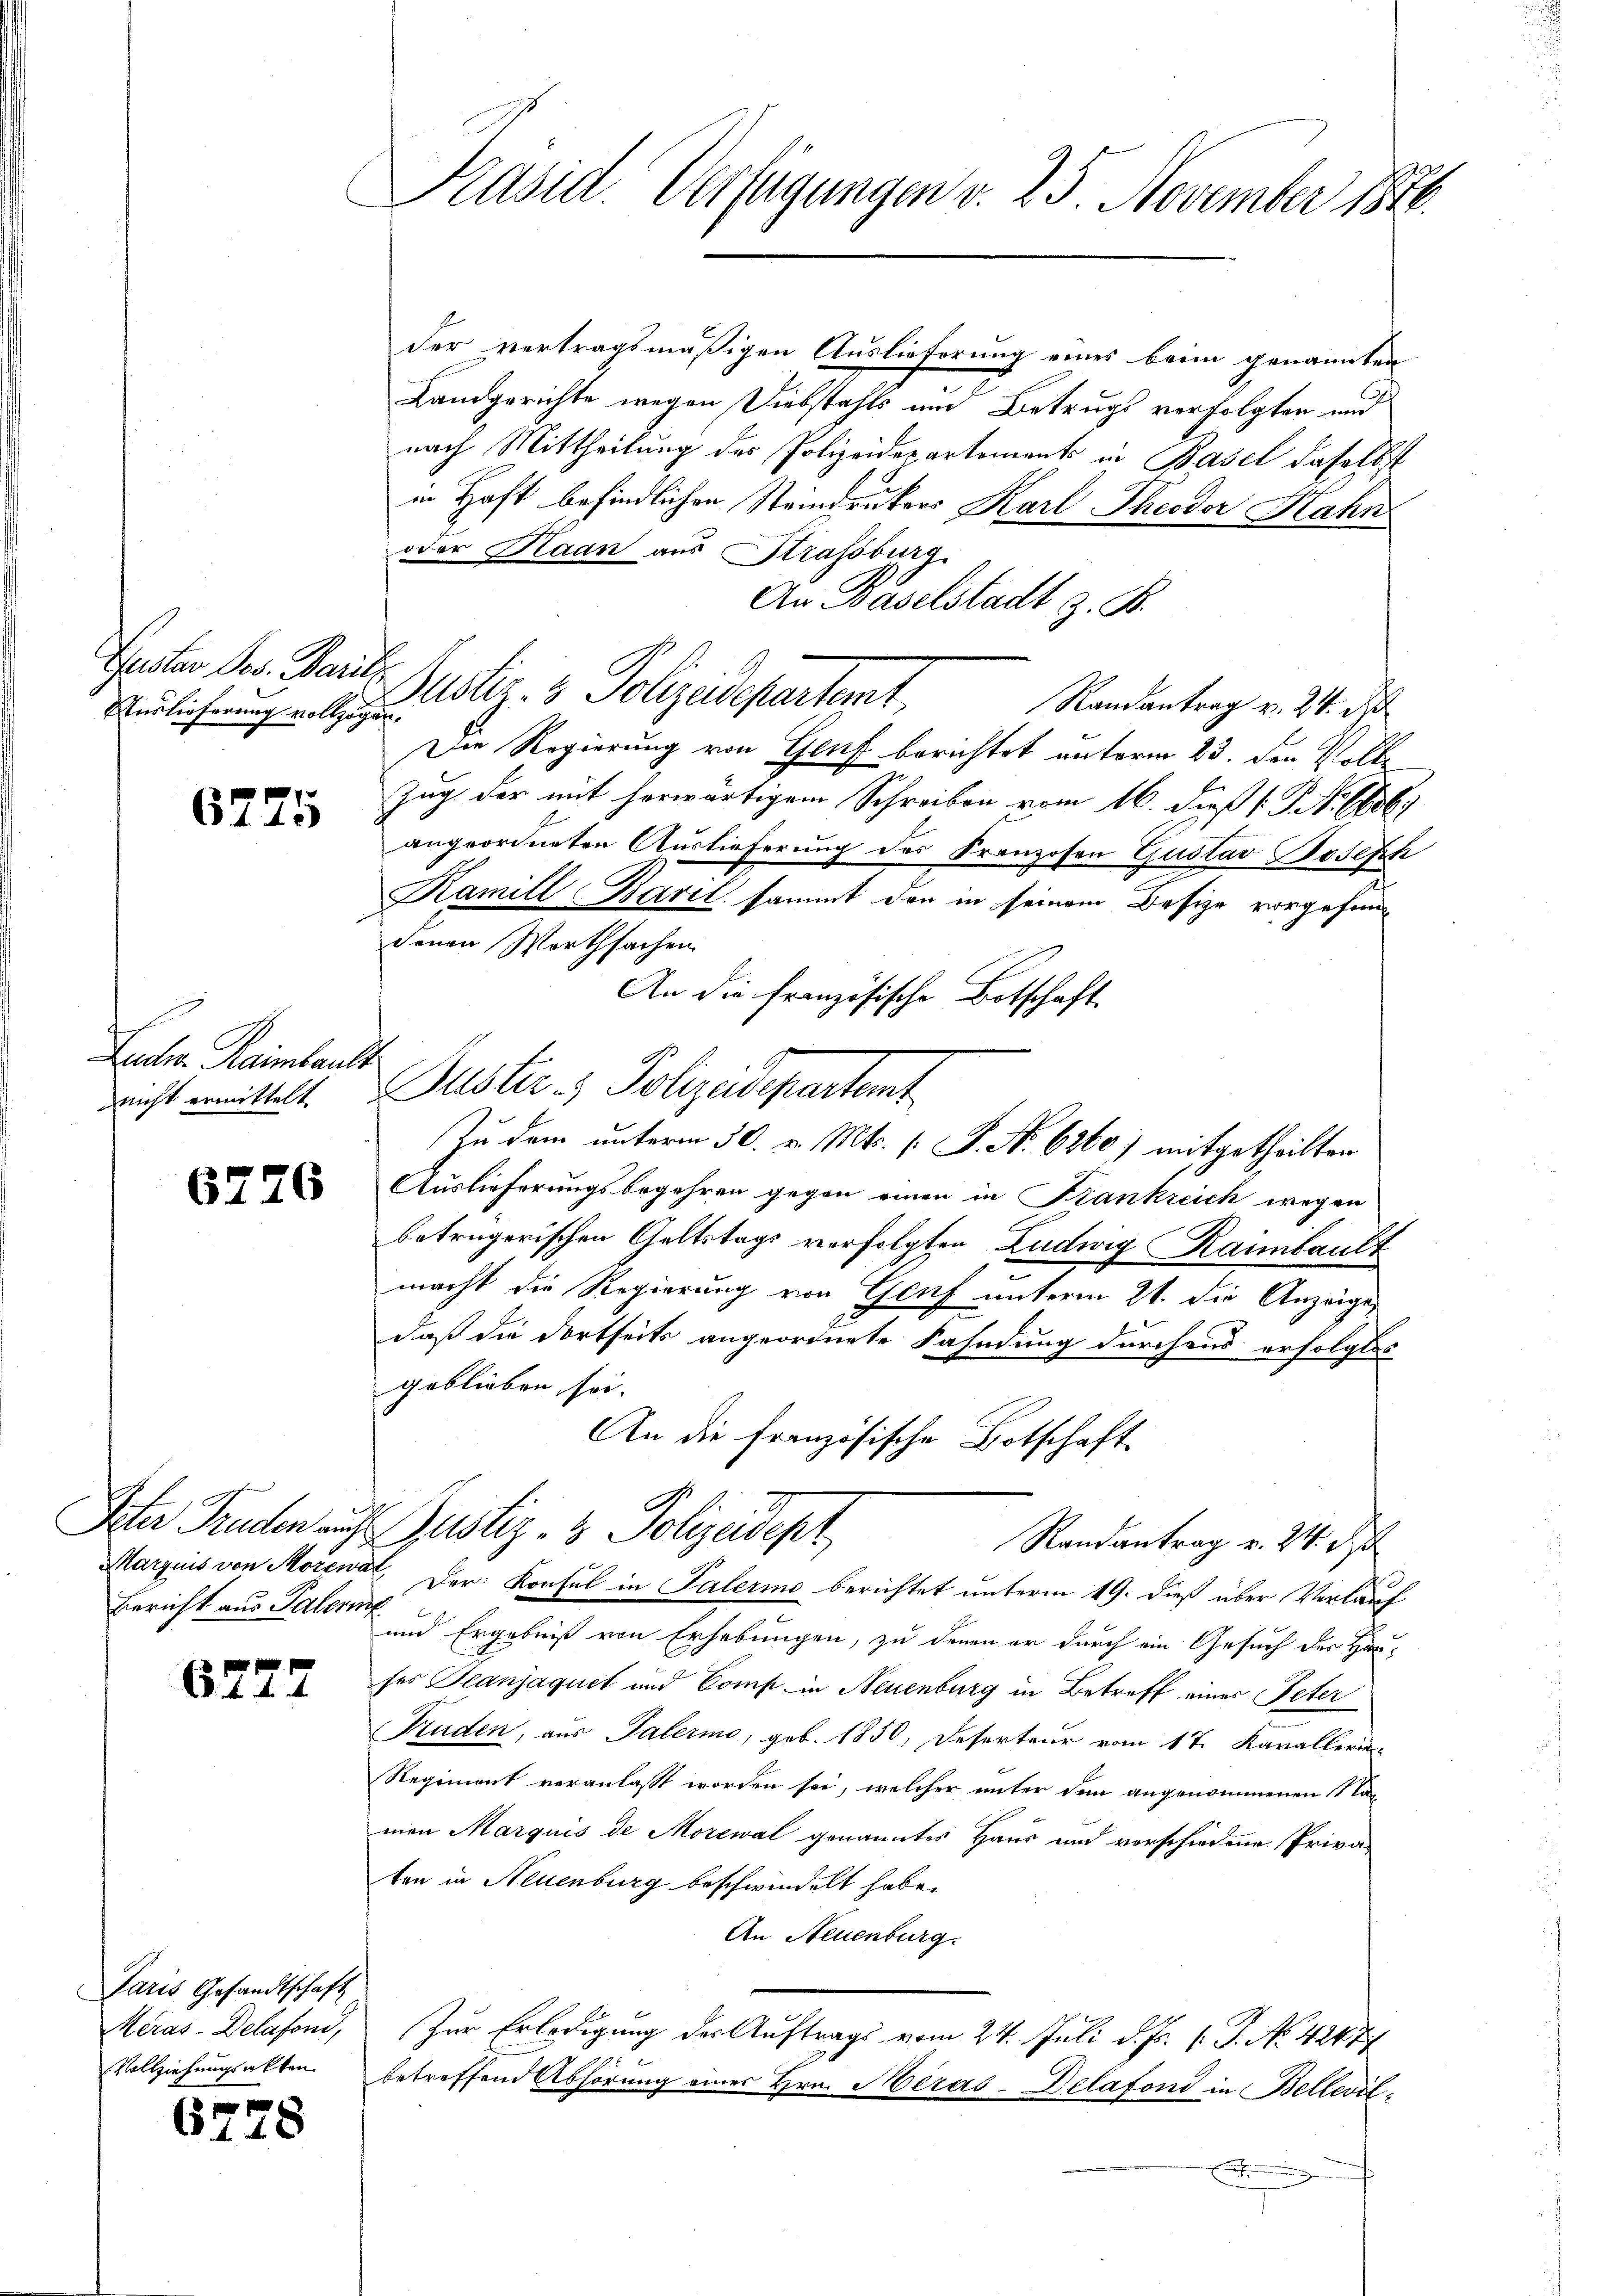
Puster Jos. Marie
Auslieferung vollzog

6775

Luder Raimbau
nicht ermittelt.

6776

Peter Truden auch
Marzius von Morewa
Bericht aus Palern

6777

Paris Gesandtschaft
Meras-Delafond,
Vollziehungsakten

67.

8

Präsid. Verfügungen v. 25. November 1846.

der vertragsmäßigen Auslieferung eines beim genannten
Landgerichte wegen Diebstahls um Betrugs verfolgten und
nach Mittheilung des Polizeidepartements in Basel daselbst
in Haft befindlichen Steindruckers Karl Theodor Hahn
oder Haan aus Strassburg
An Baselstadt z. B.
E. Suster. v. Polizedepartet,
Randantrag v. 24. d
f
Die Regierung von Genf berichtet unterm 23. den Volke
Zug der mit herwärtigem Schreiben vom 16. dieß P. N. 686
angeordneten Auslieferung des Franzosen Gustav Joseph
Kamill Barel sammt den in seinem Besize vorgefundenen Worthsachen
An die französische Botschaft
¬
Puster - Polizeidepartent
Auslieferungsbegehren gegen einen in Krankreich wegen
betrügerischen Geltstags verfolgten Ludwig Raimbaut
macht die Regierung von Genf unterm 21. die Anzeige,
daß die dortseits angeordnete Fahndung durchaus erfolglos
geblieben sei.
An die französische Botschaft
Justiz- & Polizadept
Randantrag v. 24. d.
Der Konsul in Talermo berichtet unterm 19. dieß über Verlauf
l
und Ergebniß von Erhebungen, zu denen er durch ein Gesuch der Hanses Teanjaquet und Comp. in Neuenburg in Betreff eines Peter
Fruden, aus Palerme, geb. 1850, Deserteur vom 17. Kavallerin
Regiment veranlaßt worden sei, welcher unter dem angenommenen Namen Marquis de Morewal genanntes Haus und verschiedene Privaten in Neuenburg beschwindelt habe.
An Neuenburg
Zur Erledigung der Auftrags vom 24. Juli d. Js. v. P. No 4247
betreffend Abhörung eines Hrn. Meras-Delafond in Bellevölx

Zu dem unterm 30. v. Mts. [ P. Nr. 6860) mitgetheilten